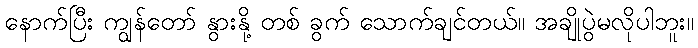
နောက်ပြီး ကျွန်တော် နွားနို့ တစ် ခွက် သောက်ချင်တယ်။ အချိုပွဲမလိုပါဘူး။